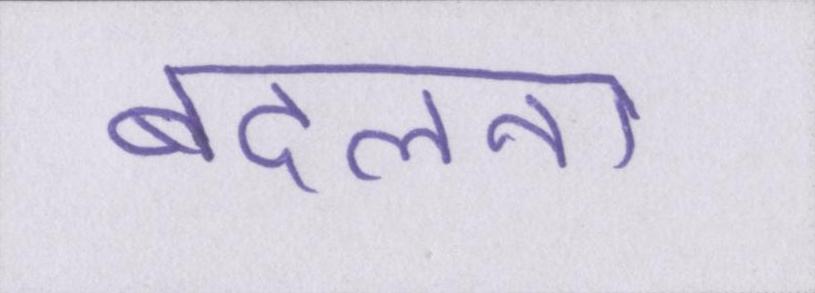
बदलना